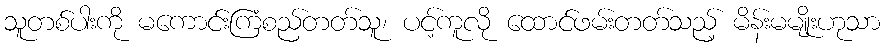
သူတစ်ပါးကို မကောင်းကြံစည်တတ်သူ၊ ပင့်ကူလို ထောင်ဖမ်းတတ်သည့် မိန်းမမျိုးဟုသာ